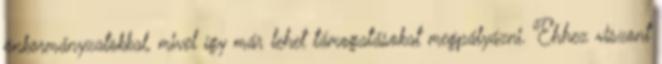
önkormányzatokkal, mivel így már lehet támogatásokat megpályázni. Ehhez viszont